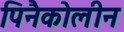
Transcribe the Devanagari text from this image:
पिनैकोलीन